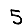
Digit: 5